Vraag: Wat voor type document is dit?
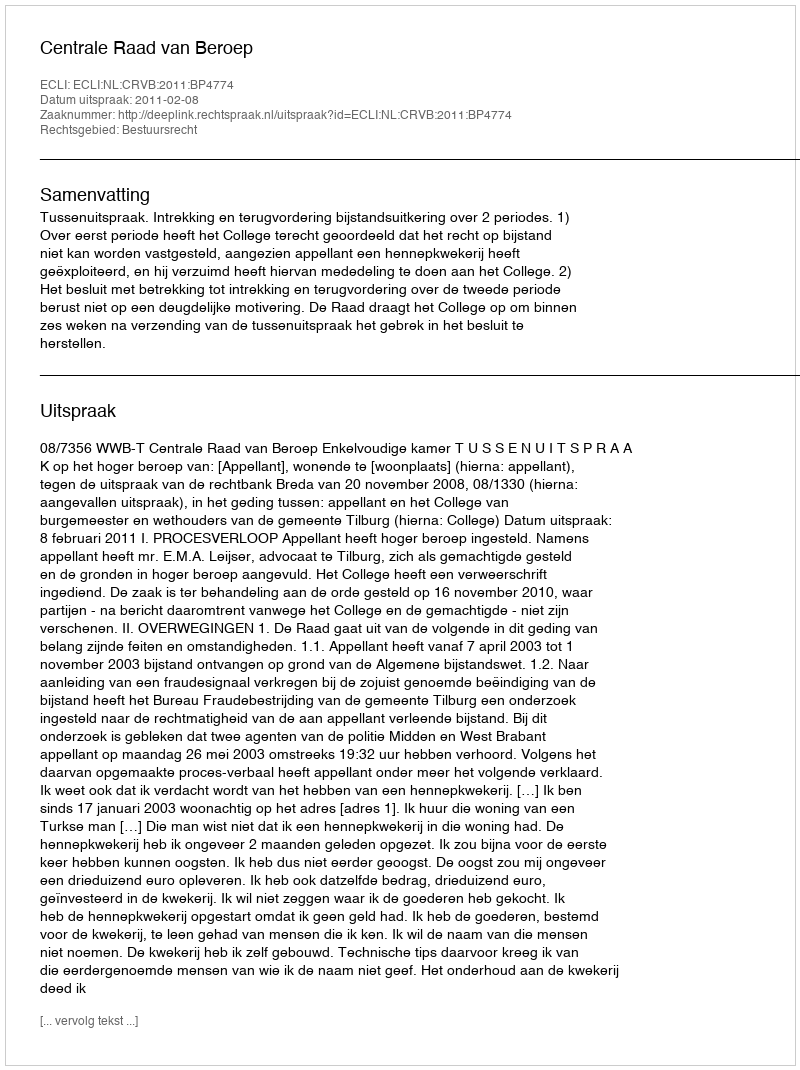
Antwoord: Uitspraak